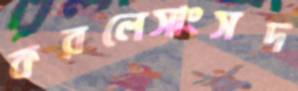
করলেসাংসদ